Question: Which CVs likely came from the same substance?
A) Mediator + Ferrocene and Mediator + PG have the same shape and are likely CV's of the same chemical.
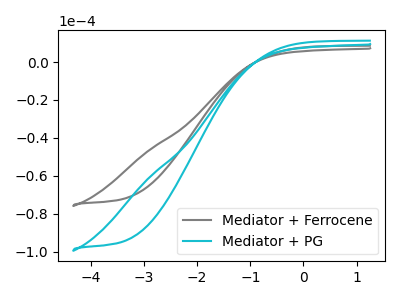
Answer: <think>The gray curve "Mediator + Ferrocene" has no peaks. The cyan curve "Mediator + PG" has no peaks.
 Neither "Mediator + Ferrocene" or "Mediator + PG" have any peaks.</think>
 <answer>A) "Mediator + Ferrocene" and "Mediator + PG" have the same shape and are likely CV's of the same chemical.</answer>
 <eval>A</eval>